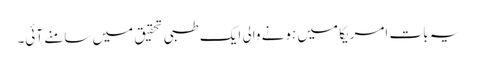
یہ بات امریکا میں ہونے والی ایک طبی تحقیق میں سامنے آئی۔